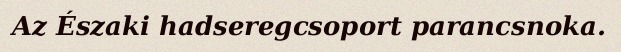
Az Északi hadseregcsoport parancsnoka.